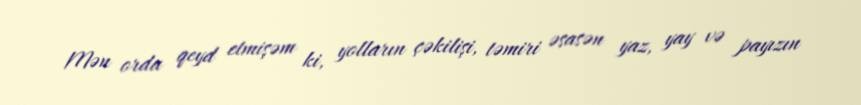
Mən orda qeyd etmişəm ki, yolların çəkilişi, təmiri əsasən yaz, yay və payızın